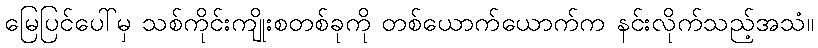
မြေပြင်ပေါ်မှ သစ်ကိုင်းကျိုးစတစ်ခုကို တစ်ယောက်ယောက်က နင်းလိုက်သည့်အသံ။